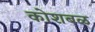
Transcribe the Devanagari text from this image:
कोशबळ